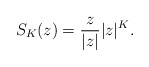
\begin{align*}S_K(z) = \frac{z}{|z|}|z|^K.\end{align*}